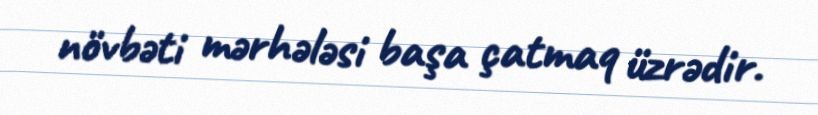
növbəti mərhələsi başa çatmaq üzrədir.